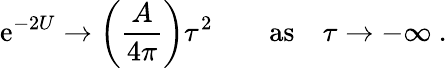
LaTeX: \mathrm{e}^{-2U}\rightarrow\left({\frac{{A}}{{4\pi}}}\right)\tau^{2}\qquad\mathrm{{as}}\quad\tau\rightarrow-\infty\ .